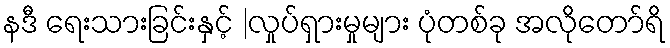
နဒီ ရေးသားခြင်းနှင့် |လှုပ်ရှားမှုများ ပုံတစ်ခု အလိုတော်ရိ